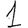
Digit: 1